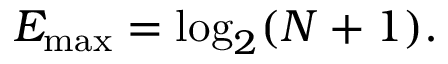
\begin{array} { r } { E _ { \operatorname* { m a x } } = \log _ { 2 } ( N + 1 ) . } \end{array}